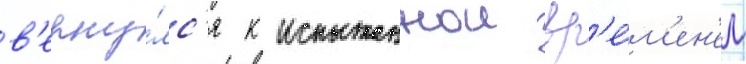
в'ерну́лс'я к испытаннои вр'е́м'ен'ем